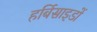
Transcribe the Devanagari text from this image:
हर्बिसाइडों